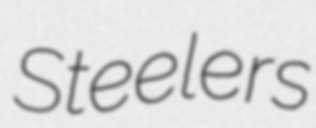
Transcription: Steelers